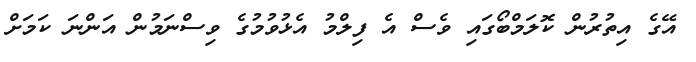
އޭގެ އިތުރުން ކޮލަމްބޯގައި ވެސް އެ ފިލްމު އެޅުވުމުގެ ވިސްނަމުން އަންނަ ކަމަށް